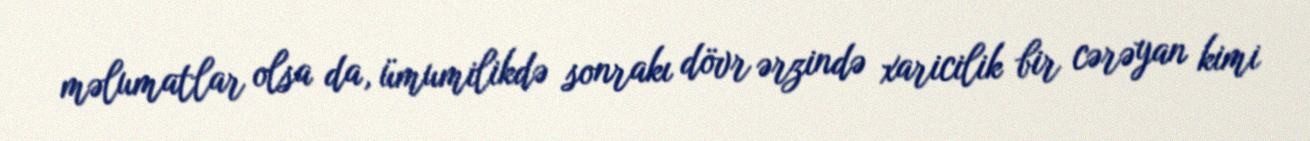
məlumatlar olsa da, ümumilikdə sonrakı dövr ərzində xaricilik bir cərəyan kimi